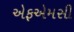
એફએમસી